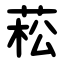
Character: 菘